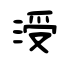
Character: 涭